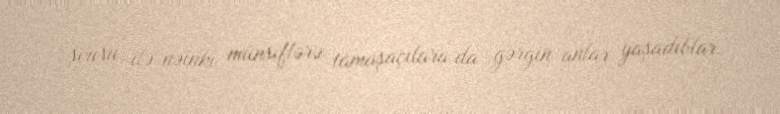
şousu ilə nəinki münsiflərə, tamaşaçılara da gərgin anlar yaşadıblar.